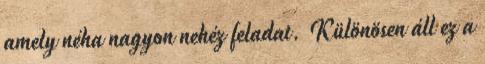
amely néha nagyon nehéz feladat. Különösen áll ez a